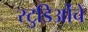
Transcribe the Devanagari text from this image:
स्टुडिओंचे